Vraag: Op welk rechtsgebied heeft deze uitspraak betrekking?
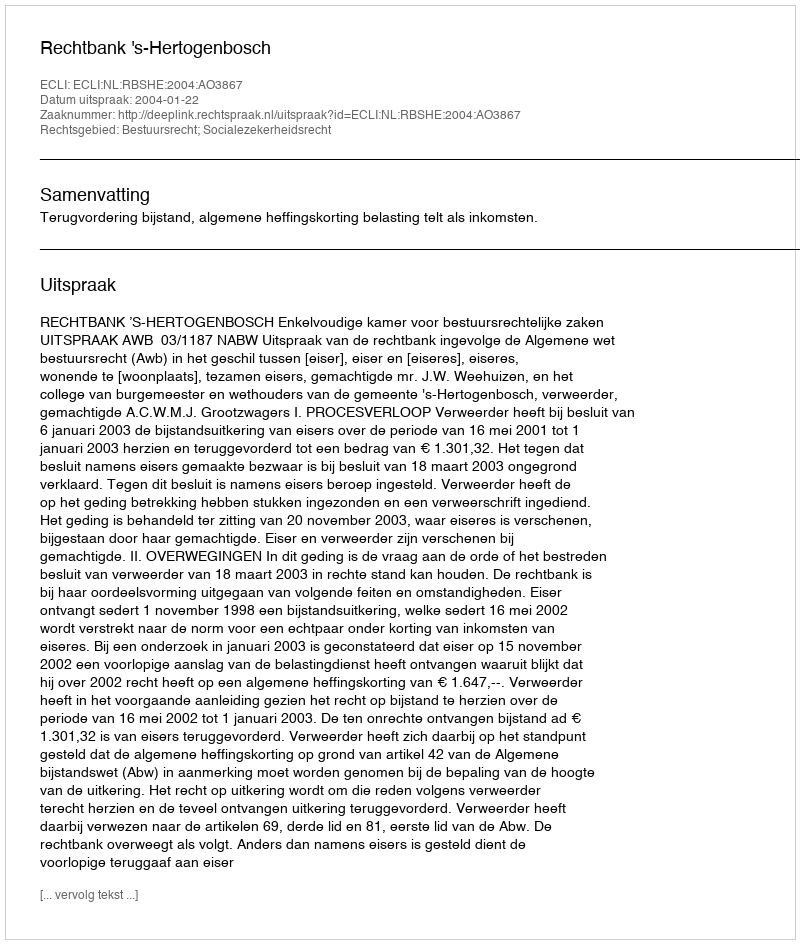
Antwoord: Bestuursrecht; Socialezekerheidsrecht